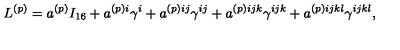
L ^ { ( p ) } = a ^ { ( p ) } I _ { 1 6 } + a ^ { ( p ) i } \gamma ^ { i } + a ^ { ( p ) i j } \gamma ^ { i j } + a ^ { ( p ) i j k } \gamma ^ { i j k } + a ^ { ( p ) i j k l } \gamma ^ { i j k l } ,